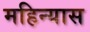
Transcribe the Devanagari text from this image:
महिन्यास